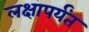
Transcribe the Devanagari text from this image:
लक्षापर्यंत